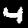
Digit: 4